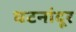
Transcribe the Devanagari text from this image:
घटनांदूर